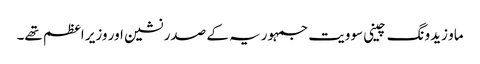
ماو زیدونگ چینی سوویت جمہوریہ کے صدر نشین اور وزیر اعظم تھے۔